Scottish Certificate of Education, 1963
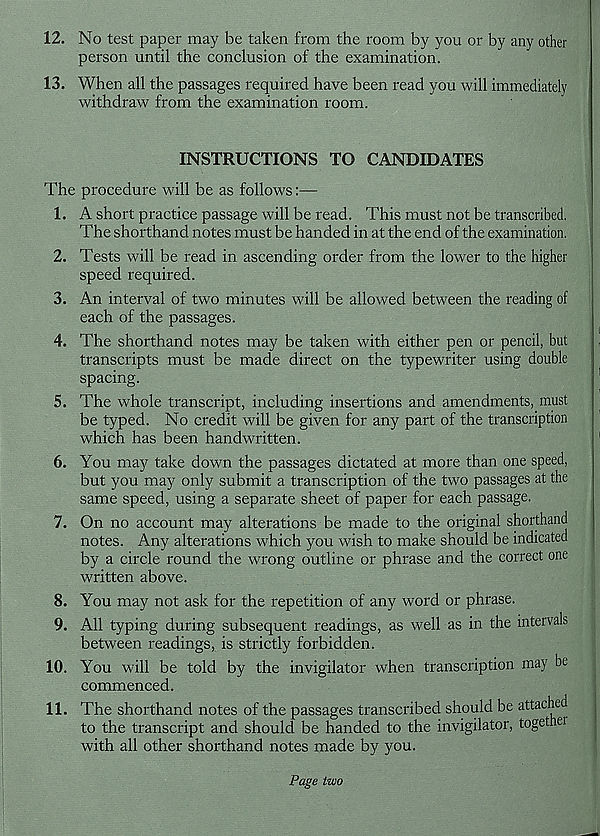
12. No test paper may be taken from the room by you or by any other
person until the conclusion of the examination.
13. When all the passages required have been read you will immediately
withdraw from the examination room.
INSTRUCTIONS TO CANDIDATES
The procedure will be as follows:—
1. A short practice passage will be read. This must not be transcribed.
The shorthand notes must be handed in at the end of the examination.
2. Tests will be read in ascending order from the lower to the higher
speed required.
3. An interval of two minutes will be allowed between the reading of
each of the passages.
4. The shorthand notes may be taken with either pen or pencil, but
transcripts must be made direct on the typewriter using double
spacing.
5. The whole transcript, including insertions and amendments, must
be typed. No credit will be given for any part of the transcription
which has been handwritten.
6. You may take down the passages dictated at more than one speed,
but you may only submit a transcription of the two passages at the
same speed, using a separate sheet of paper for each passage.
7. On no account may alterations be made to the original shorthand
notes. Any alterations which you wish to make should be indicated
by a circle round the wrong outline or phrase and the correct one
written above.
8. You may not ask for the repetition of any word or phrase.
9. All typing during subsequent readings, as well as in the intervals
between readings, is strictly forbidden.
10. You will be told by the invigilator when transcription may be
commenced.
11. The shorthand notes of the passages transcribed should be attached
to the transcript and should be handed to the invigilator, togethei
with all other shorthand notes made by you.
Page two